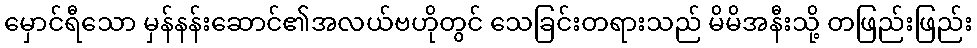
မှောင်ရီသော မှန်နန်းဆောင်၏အလယ်ဗဟိုတွင် သေခြင်းတရားသည် မိမိအနီးသို့ တဖြည်းဖြည်း